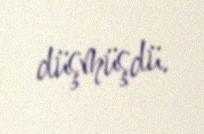
düşmüşdü.